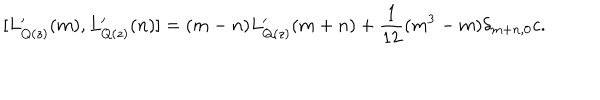
LaTeX: [ L _ { Q ( z ) } ^ { \prime } ( m ) , L _ { Q ( z ) } ^ { \prime } ( n ) ] = ( m - n ) L _ { Q ( z ) } ^ { \prime } ( m + n ) + { \displaystyle \frac { 1 } { 1 2 } } ( m ^ { 3 } - m ) \delta _ { m + n , 0 } c .